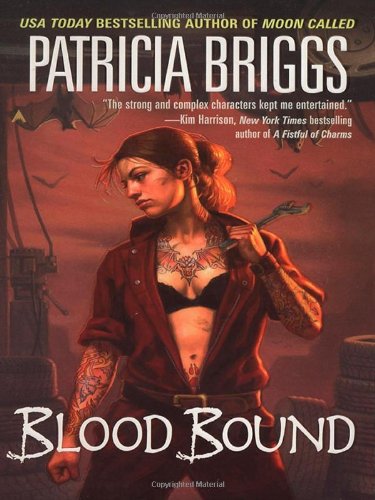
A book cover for Blood Bound (Mercy Thompson, Book 2); Patricia Briggs; Romance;